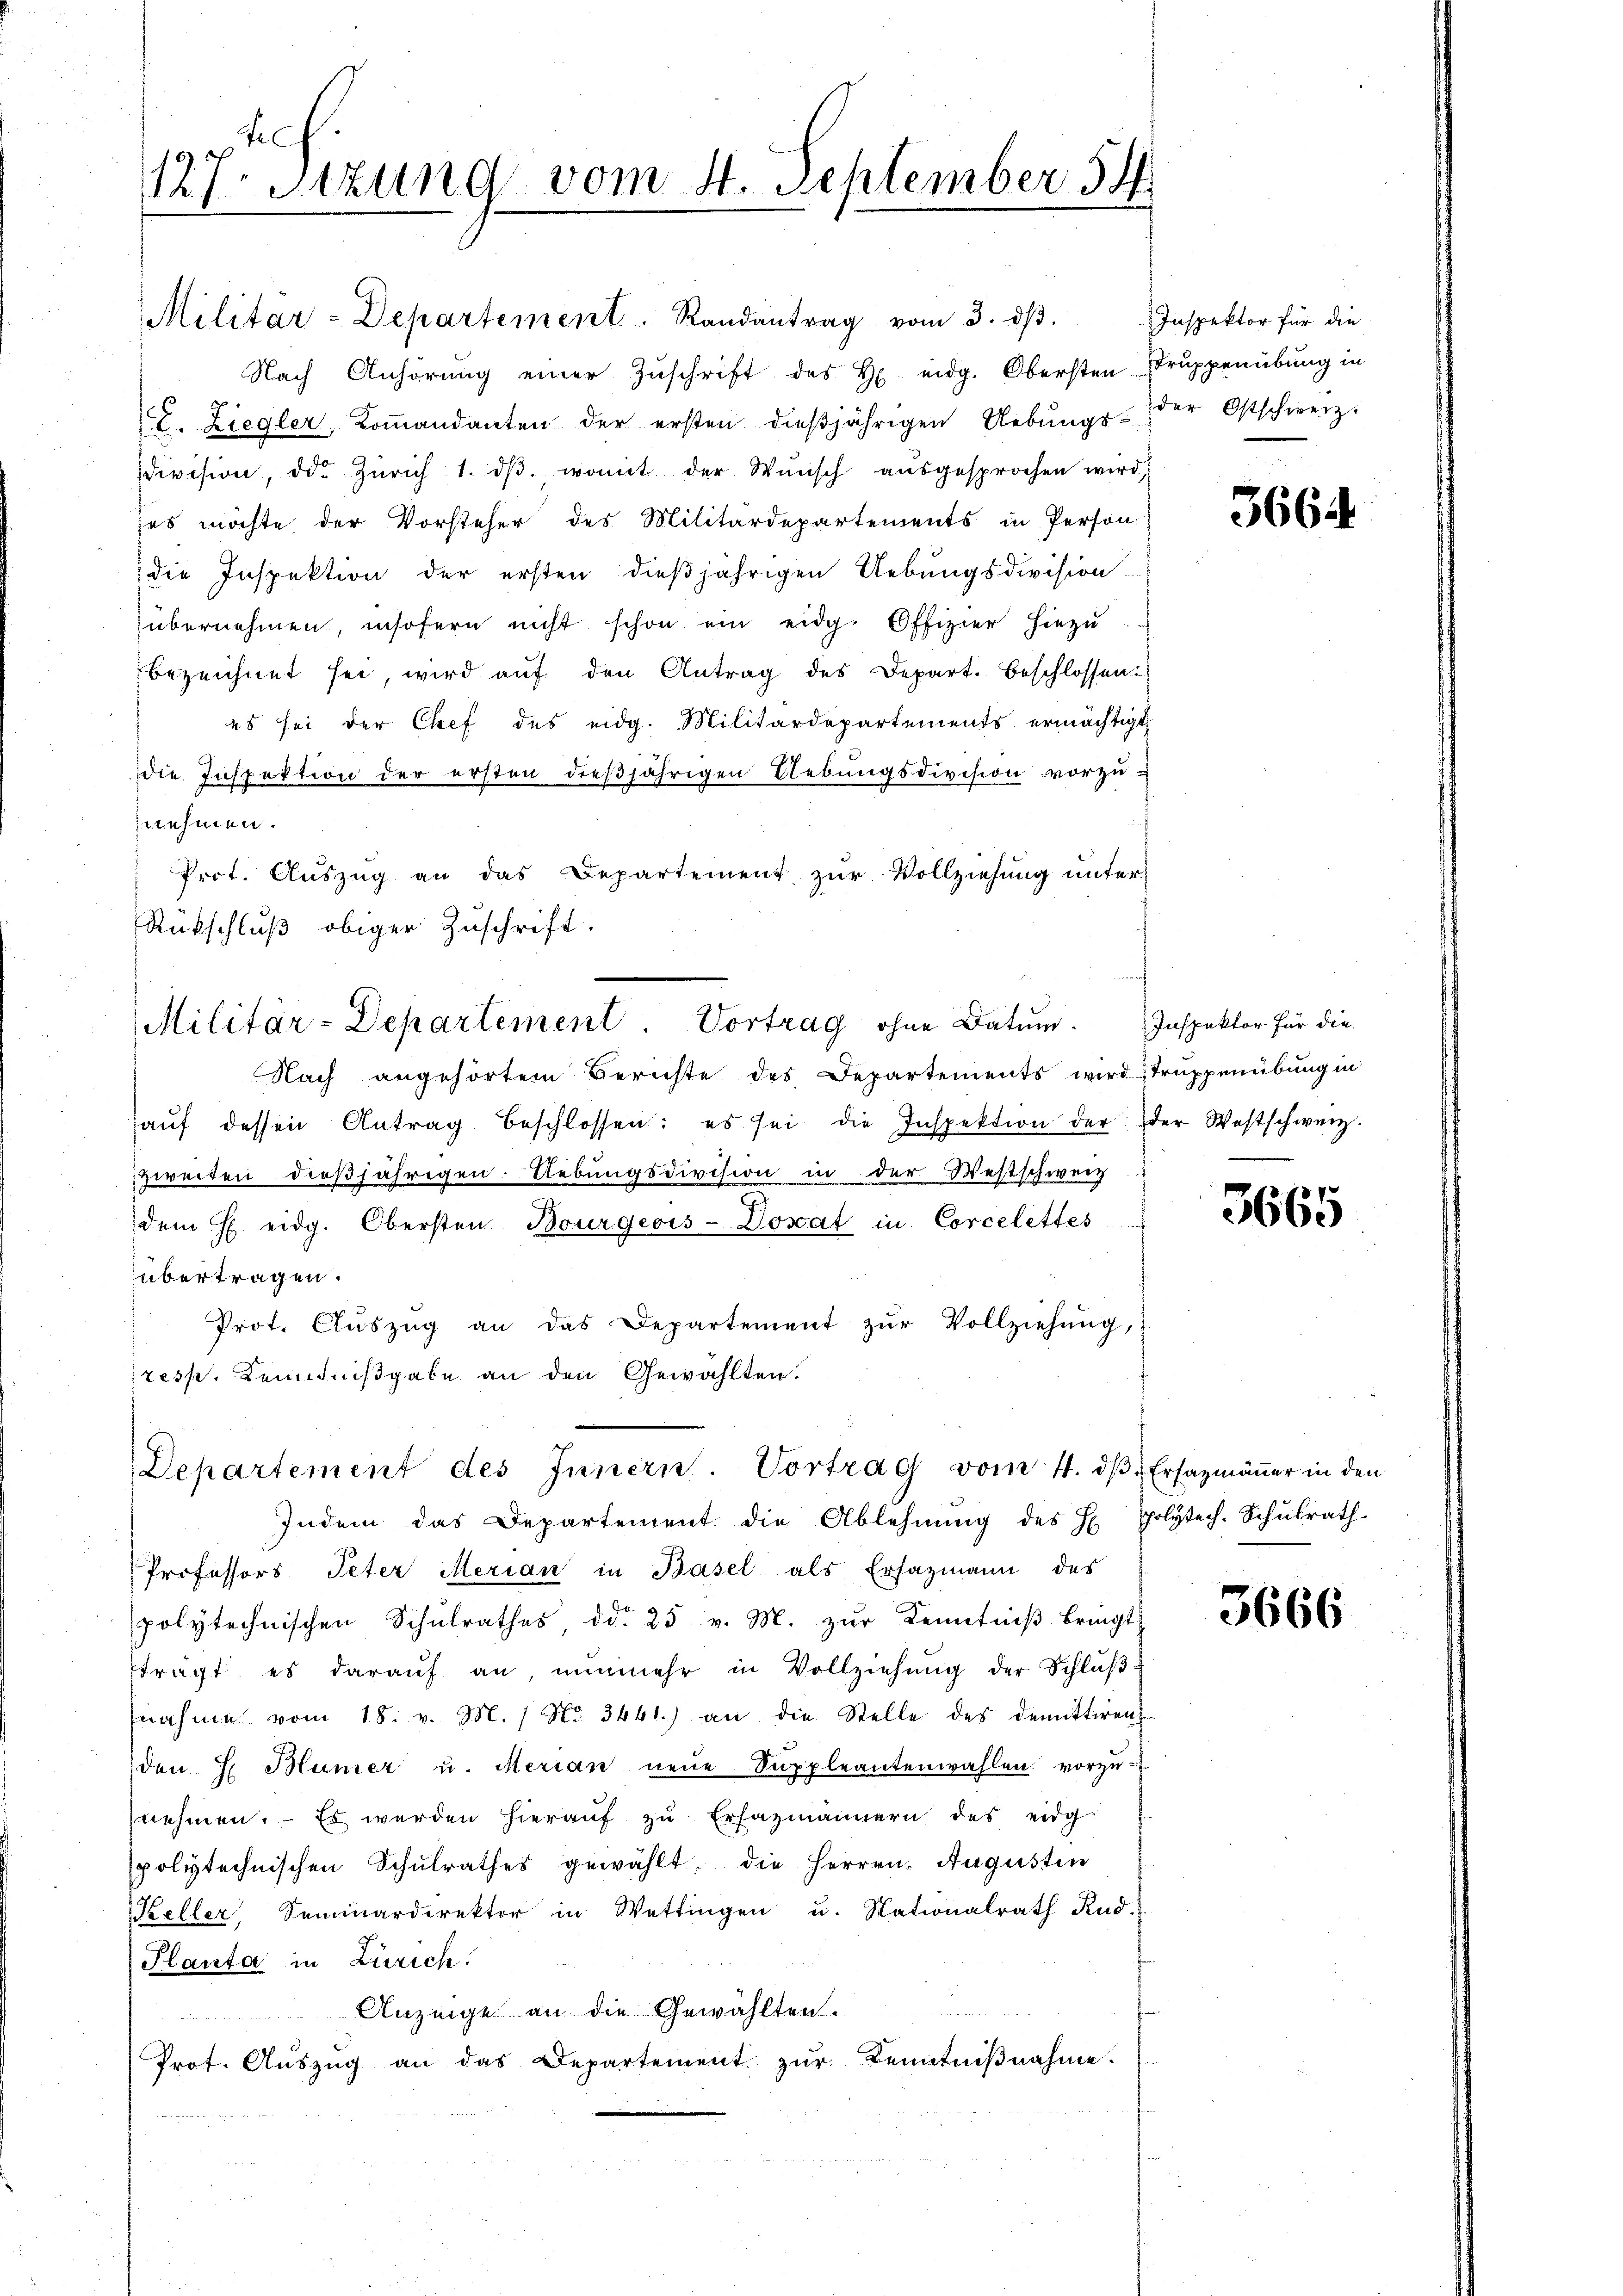
te
127. Sitzung vom 4. September 54

Militar-Departement. Randantrag vom 3. dβ.
Nach Anhörung einer Zŭschrift des H. eidg. Obersten Struppenübung in
E. Ziegler, Koṁandanten der ersten dießjährigen Uebungs-
division, die Zürich 1. dβ womit der Wŭnsch aŭsgesprochen wird,
es möchte der Vorsteher des Militärdepartements in Person
die Inspektion der ersten dießjährigen Uebungsdivision
übernehmen, insofern nicht schon ein eidg. Offizier hiezu
bezeichnet sei, wird aŭf den Antrag des Depart. beschlossen:
es sei der Chef des eidg. Militärdepartements ermächtigt,
die Inspektion der ersten dieβjährigen Uebŭngsdivision vorzŭ-
nehmen.
Pect. Auszug an das Departement zur Vollziehung unter
Rückschluß obiger Zuschrift.

Militar-Departement Vortrag ohne Datum. Inspektor für die

Nach angehörtem Berichte des Departements wird Truppenübung in
haŭf dessen Antrag beschlossen: es sei die Inspektion der der Westschweiz.
zweiten dießjährigen Uebŭngsdivision in der Westschweiz
dem H. eidg. Obersten Bourgeois-Dosat in Corcelettes
übertragen.
Prot. Aŭszŭg an das Departement zŭr Vollziehŭng,
resp. Kenntnißgabe an den Gewählten.

Departement des Innern. Vortrag vom 4. dβ. Ersazmäṅer in den

Indem das Departement die Ablehnŭng des H. Polytech-Schulrath
Professors Peter Merian in Basel als Ersazmann des
polytechnischen Schŭlrathes, ddo 25 v. M. zŭr Kenntniβ bringt:
trägt es darauf an, nunmehr in Vollziehŭng der Schluβ-
nahme vom 18. v. M. / No. 3461.) an die Stelle des demittiren
den S. Blümer u. Merian neŭe Suppleantenwahlen vorzŭ-
nehmen. – Es werden hierauf zu Ersazmännern des eidg
polytechnischen Schŭlrathes gewählt. Die Herren Augusten
Keller, Seminardirektor in Wettingen u. Stationalrath Rud.
Planta in Zürich.
Anzeige an die Gewählten.
Prot. Aŭszŭg an das Departement zŭr Kenntniβnahme.

Inspektor für die
der Ostschweiz.

366

3665

3666